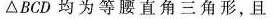
△BCD均为等腰直角三角形，且